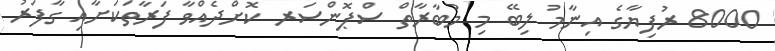
8000 ރުފިޔާގެ އިނާމު ލިބޭ މި މުބާރާތް ސްޕޮންސަރ ކޮށްދެއްވާ ފަރާތަކަށާއި ގާފަރު